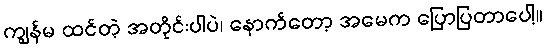
ကျွန်မ ထင်တဲ့ အတိုင်းပါပဲ၊ နောက်တော့ အမေက ပြောပြတာပေါ့။